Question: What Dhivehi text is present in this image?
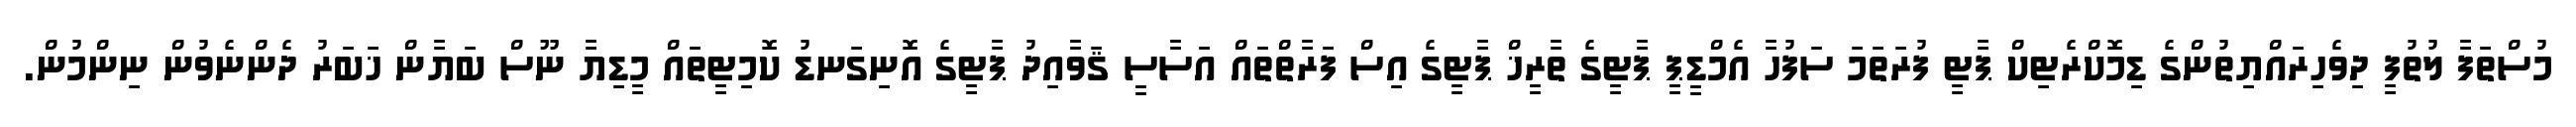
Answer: މުސްތަފާ ލުތުފީ ދިވެހިރައްޔިތުންގެ ޑިމޮކްރެޓިކް ޕާޓީ ފުރަތަމަ ސަފުހާ އެމްޑީޕީ ޕާޓީގެ ތާރީޚް ޕާޓީގެ އިސް ފަރާތްތައް އަސާސީ ޤަވާއިދު ޕާޓީގެ އޮނިގަނޑު ކޮމިޓީތައް މީޑިޔާ ނޫސް ބަޔާން ޚަބަރު ދެންނެވުން ނިންމުން.